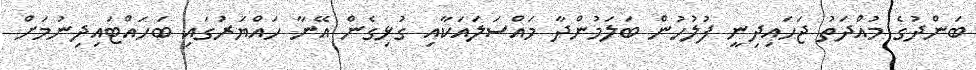
ބަންދުގެ މުއްދަތު ޖަހައިދިނީ ފުލުހުން ބަލަމުންދާ މައްސަލައަކާއި ގުޅިގެން އޭނާ ހައްޔަރުގައި ބަހައްޓައިދިނުމަށް